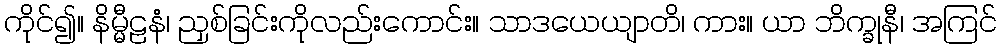
ကိုင်၍။ နိမ္မီဠနံ၊ ညှစ်ခြင်းကိုလည်းကောင်း။ သာဒယေယျာတိ၊ ကား။ ယာ ဘိက္ခုနီ၊ အကြင်